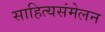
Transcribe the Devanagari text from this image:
साहित्यसंमेलन